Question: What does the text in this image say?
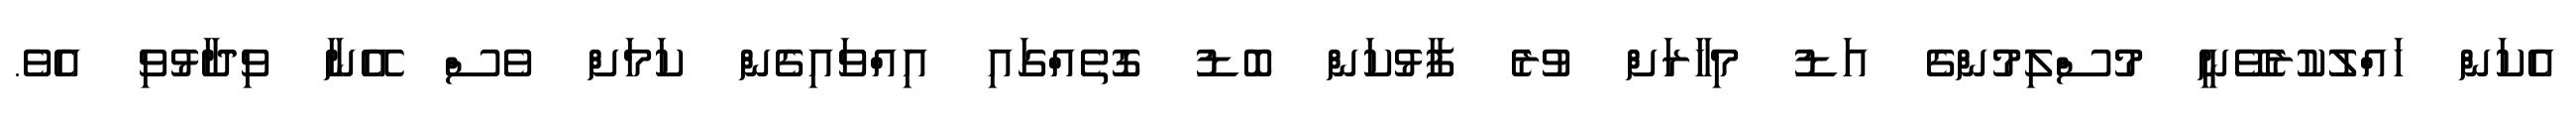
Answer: އެކަން ހައްލުކުރެވޭނީ މުސްލިމުންގެ އަޑު މިހާރަށް ވުރެ ފާޅުކަން ބޮޑު ގޮތެއްގައި އިއްވައިގެން ކަމަށް ވެސް އޭނާ ވިދާޅުވި އެވެ.